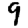
Digit: 9